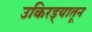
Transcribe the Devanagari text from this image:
उकिरड्यातून